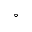
^ \circ